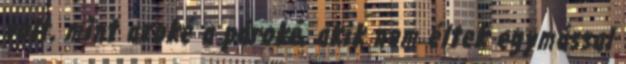
volt, mint azoké a pároké, akik nem éltek egymással